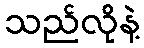
သည်လိုနဲ့